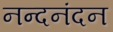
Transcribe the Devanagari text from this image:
नन्दनंदन